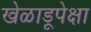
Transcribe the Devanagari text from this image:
खेळाडूपेक्षा